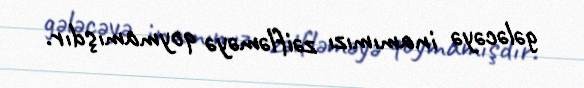
gələcəyə inamımızı zəifləməyə qoymamışdır.